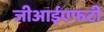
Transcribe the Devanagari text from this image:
जीआईएफटी